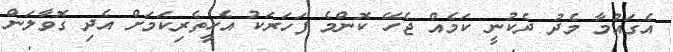
އެގައުމާ މެދު ދެކުނީ ކަމެއް ޖެހޭ ކޮންމެ ފަހަރަކު އެހީތެރިކަމަށް އެދި ގޮވާލަން